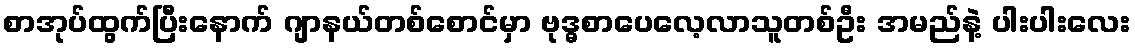
စာအုပ်ထွက်ပြီးနောက် ဂျာနယ်တစ်စောင်မှာ ဗုဒ္ဓစာပေလေ့လာသူတစ်ဦး အမည်နဲ့ ပါးပါးလေး